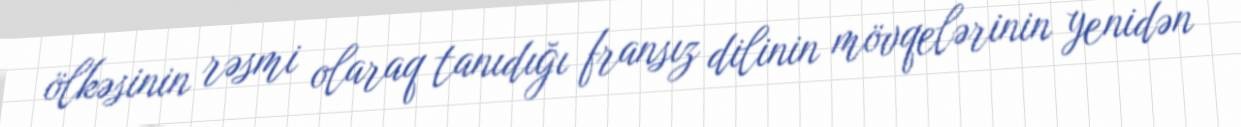
ölkəsinin rəsmi olaraq tanıdığı fransız dilinin mövqelərinin yenidən